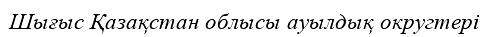
Шығыс Қазақстан облысы ауылдық округтері